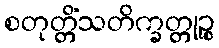
စတုတ္တိံသတိက္ခတ္တုဉ္စ